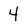
Character: 4